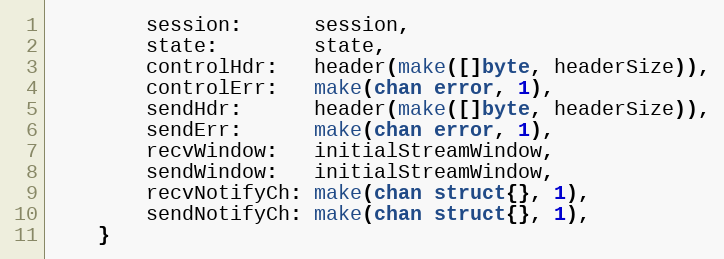
Language: Go
		session:      session,
		state:        state,
		controlHdr:   header(make([]byte, headerSize)),
		controlErr:   make(chan error, 1),
		sendHdr:      header(make([]byte, headerSize)),
		sendErr:      make(chan error, 1),
		recvWindow:   initialStreamWindow,
		sendWindow:   initialStreamWindow,
		recvNotifyCh: make(chan struct{}, 1),
		sendNotifyCh: make(chan struct{}, 1),
	}